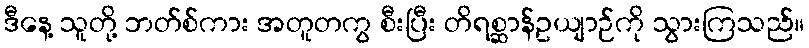
ဒီနေ့ သူတို့ ဘတ်စ်ကား အတူတကွ စီးပြီး တိရစ္ဆာန်ဥယျာဉ်ကို သွားကြသည်။